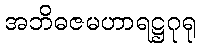
အဘိဓဇမဟာရဋ္ဌဂုရု